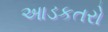
આડકતરો